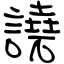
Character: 譊